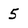
Character: 5